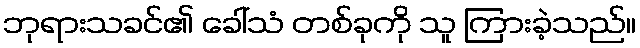
ဘုရားသခင်၏ ခေါ်သံ တစ်ခုကို သူ ကြားခဲ့သည်။